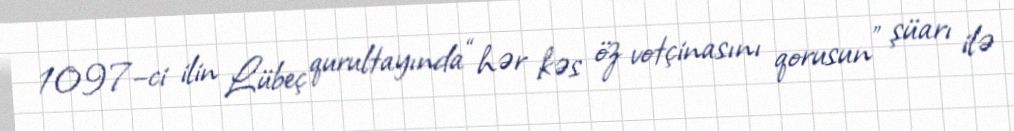
1097–ci ilin Lübeç qurultayında “hər kəs öz votçinasını qorusun” şüarı ilə